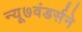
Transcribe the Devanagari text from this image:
न्यू७वंडर्सने